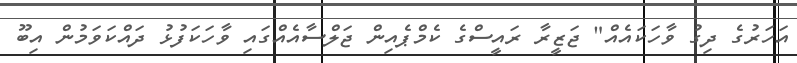
އަހަރުގެ ދިގު ވާހަކައެއް" ޖަޒީރާ ރައީސްގެ ކެމްޕެއިން ޖަލްސާއެއްގައި ވާހަކަފުޅު ދައްކަވަމުން އިބޫ